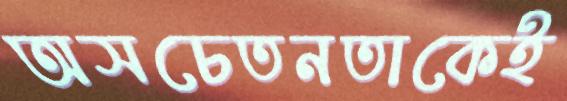
অসচেতনতাকেই